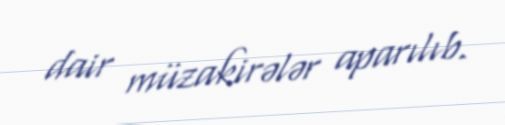
dair müzakirələr aparılıb.